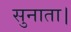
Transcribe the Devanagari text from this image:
सुनाता।